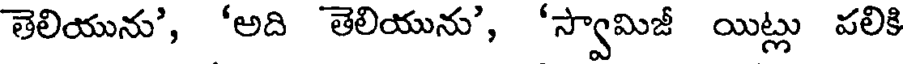
తెలియును', 'అది తెలియును', 'స్వామిజీ యిట్లు పలికి